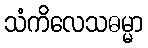
သံကိလေသဓမ္မာ